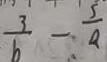
\frac { 3 } { b } - \frac { 5 } { a }